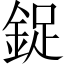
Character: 鋜